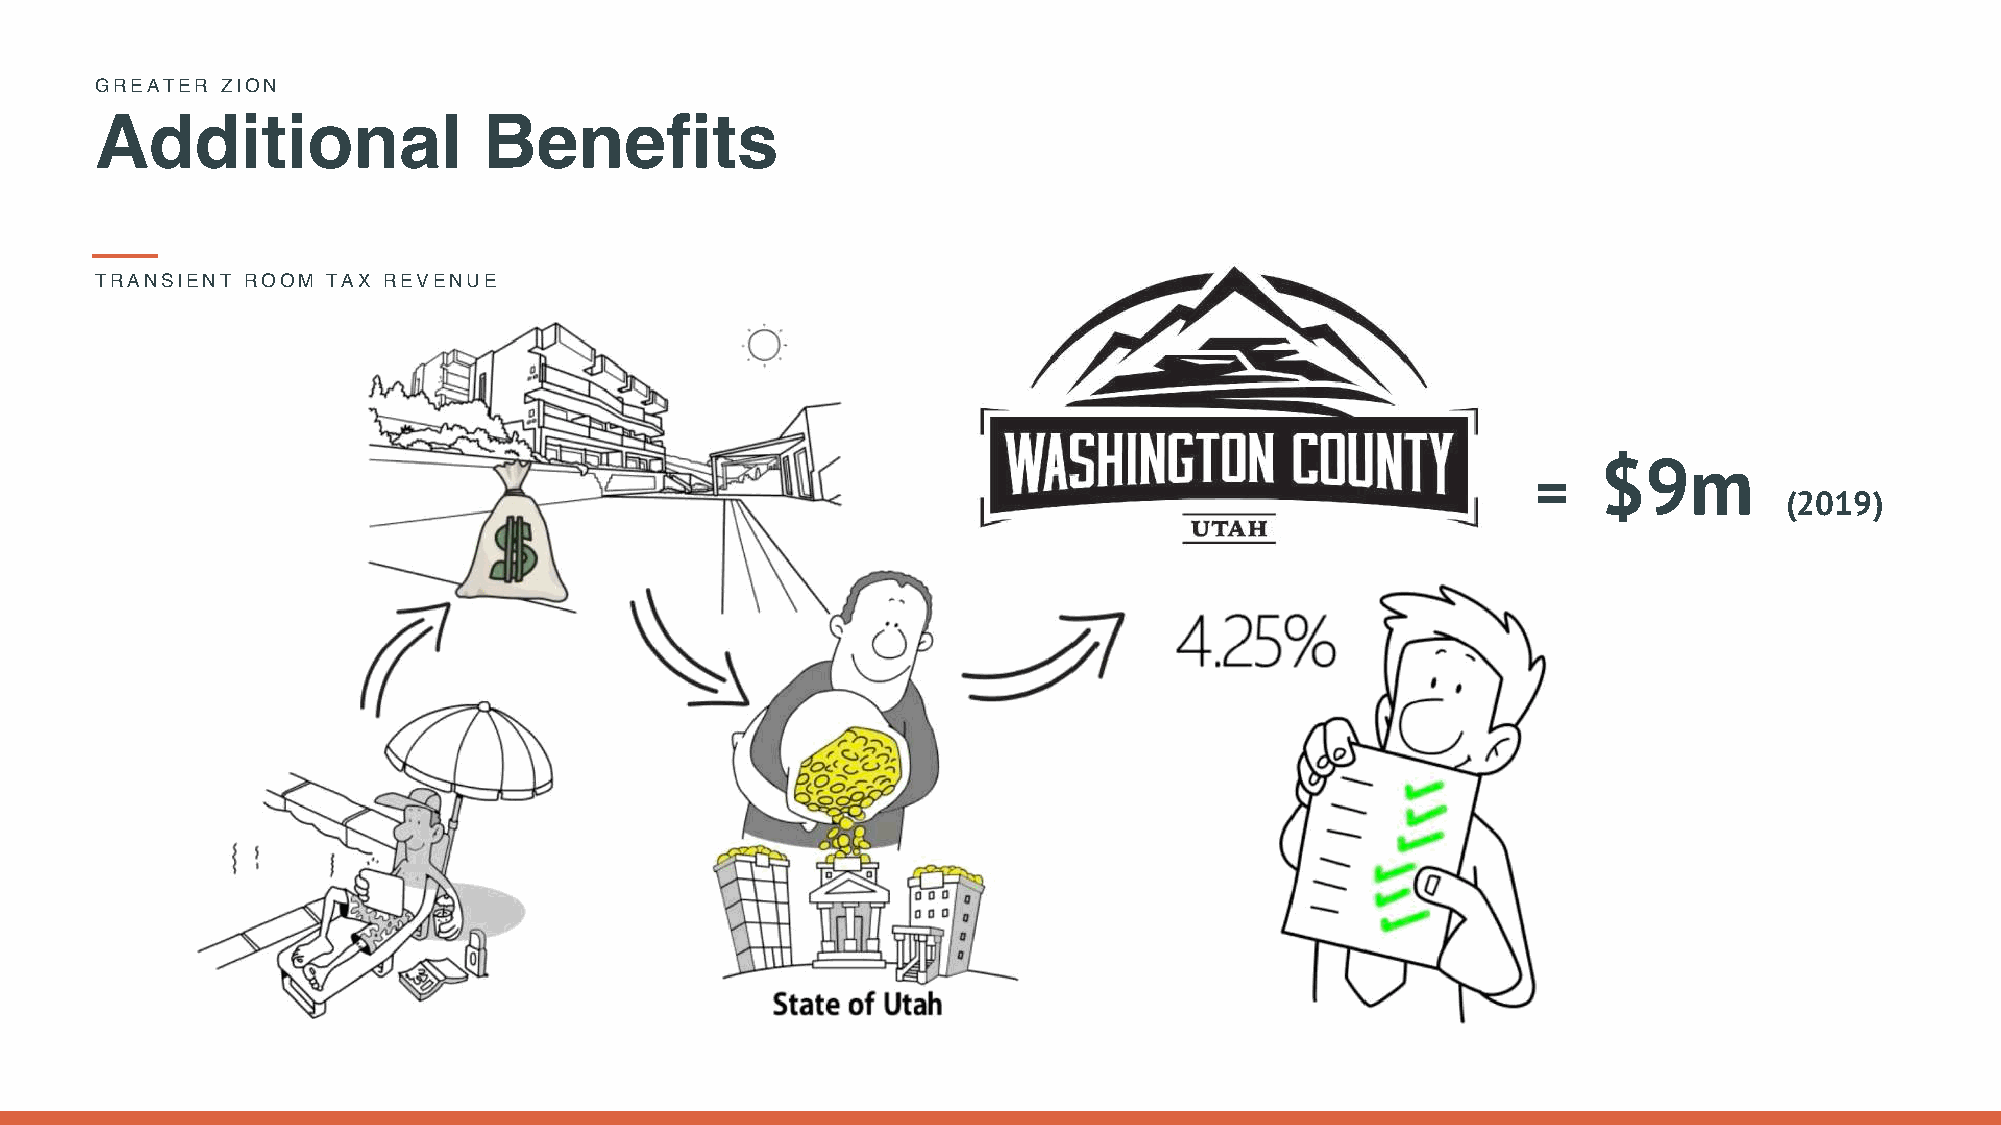
GREATER  ZION
 Additional                Benefits
 TRANSIENT ROOM  TAX REVENUE
 $9m
 =
 (2019)